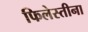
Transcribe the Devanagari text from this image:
फिलेस्तीना